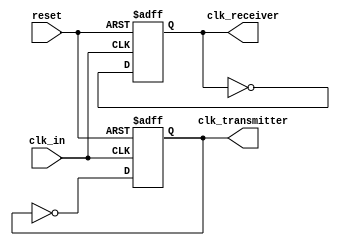
module clock_generator(
    input wire reset,
    input wire clk_in,
    output reg clk_transmitter,
    output reg clk_receiver
);

// Clock frequency for data transmission
always @(posedge clk_in or posedge reset)
begin
    if (reset)
        clk_transmitter <= 1'b0;
    else
        clk_transmitter <= ~clk_transmitter;
end

// Clock frequency for data reception
always @(posedge clk_in or posedge reset)
begin
    if (reset)
        clk_receiver <= 1'b0;
    else
        clk_receiver <= ~clk_receiver;
end

endmodule